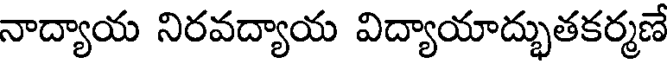
నాద్యాయ నిరవద్యాయ విద్యాయాద్భుతకర్మణే